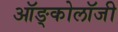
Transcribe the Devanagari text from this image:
ऑङ्कोलॉजी